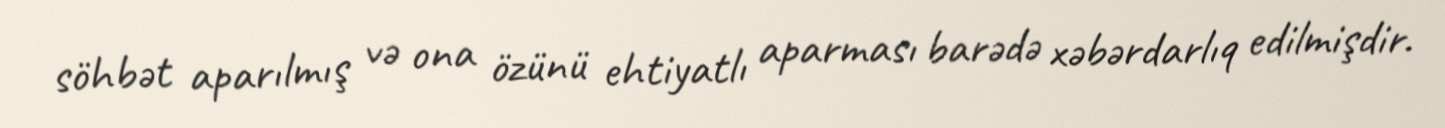
söhbət aparılmış və ona özünü ehtiyatlı aparması barədə xəbərdarlıq edilmişdir.